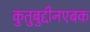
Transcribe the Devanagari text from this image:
कुतुबुद्दीनएबक